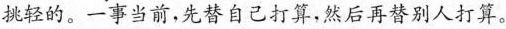
挑轻的。一事当前，先替自己打算，然后再替别人打算。